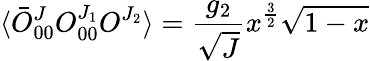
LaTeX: \langle\bar{O}_{00}^{J}O_{00}^{J_{1}}O^{J_{2}}\rangle=\frac{g_{2}}{\sqrt{J}}x^{\frac{3}{2}}\sqrt{1-x}